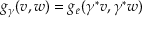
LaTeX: g _ { \gamma } ( v , w ) = g _ { e } ( \gamma ^ { * } v , \gamma ^ { * } w )